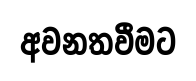
අවනතවීමට